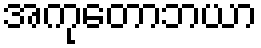
အကုတောဘယာ